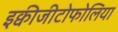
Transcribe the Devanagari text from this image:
इक्वीजीटोफोलिया